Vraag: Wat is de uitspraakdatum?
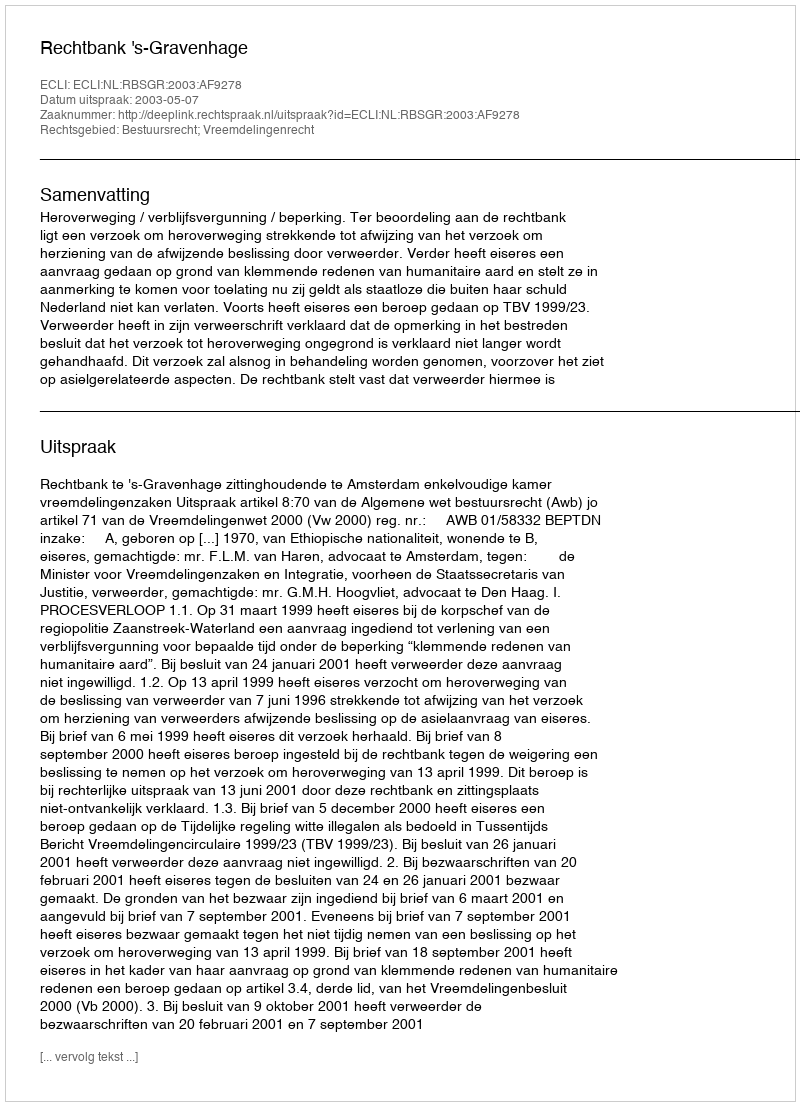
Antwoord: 2003-05-07